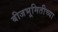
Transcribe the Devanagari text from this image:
बीजभूमितीच्या